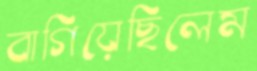
বাগিয়েছিলেম